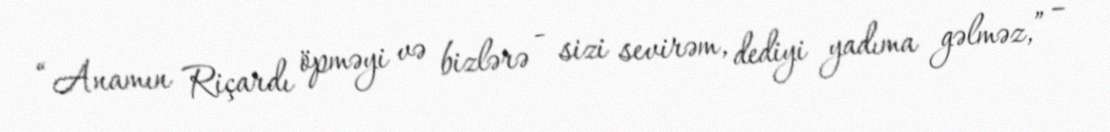
“Anamın Riçardı öpməyi və bizlərə - sizi sevirəm, dediyi yadıma gəlməz,” –